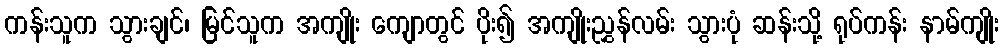
ကန်းသူက သွားချင်၊ မြင်သူက အကျိုး ကျောတွင် ပိုး၍ အကျိုးညွှန်လမ်း သွားပုံ ဆန်းသို့ ရုပ်ကန်း နာမ်ကျိုး